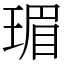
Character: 瑂